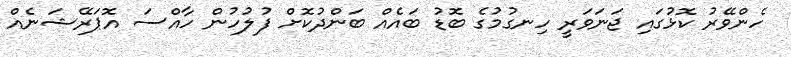
ހެންވޭރު ކޮޅުގައި ޖަނަވަރީ ހިނގުމުގެ ބޮޑު ބައެއް ބަންދުކޮށް ފުލުހުން ހާއްސަ އޮޕަރޭޝަނެއް